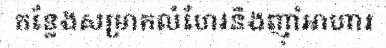
កន្លែងសម្រាកលំហែរនិងញ៉ាំអាហារ